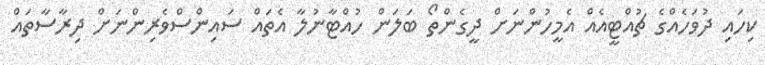
ކިހައި ދުވަހެއްގެ ޗުއްޓީއެއް އެމީހުންނަށް ދީގެންތޯ ބަލަން ހުއްޓާނުލާ އެތައް ސައިންސްވެރިންނަށް ދިރާސާތައް